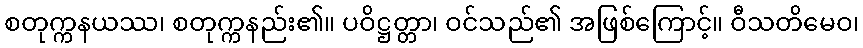
စတုက္ကနယဿ၊ စတုက္ကနည်း၏။ ပဝိဋ္ဌတ္တာ၊ ဝင်သည်၏ အဖြစ်ကြောင့်။ ဝီသတိမေဝ၊